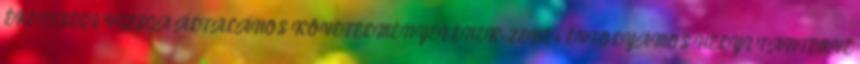
ÉRETTSÉGI VIZSGA ÁLTALÁNOS KÖVETELMÉNYEI ÉNEK-ZENE 4 ÉVFOLYAMOS HELYI TANTERVE